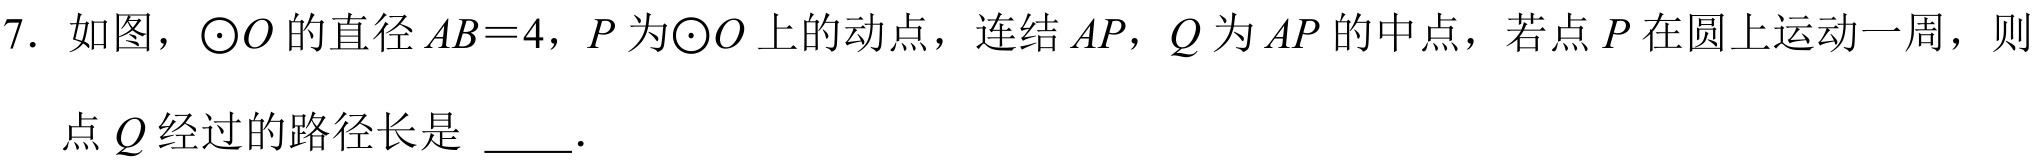
7. 如图，$\odot O$的直径$AB = 4$，$P$为$\odot O$上的动点，连结$AP$，$Q$为$AP$的中点，若点$P$在圆上运动一周，则
点$Q$经过的路径长是  ．